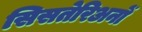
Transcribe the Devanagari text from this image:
सिसतेरिअनों